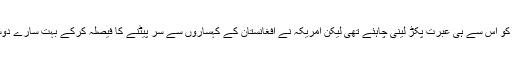
روس کی کمر پہلے ٹوٹی تھی امریکہ کو اس سے ہی عبرت پکڑ لینی چاہئے تھی لیکن امریکہ نے افغانستان کے کہساروں سے سر پیٹنے کا فیصلہ کرکے بہت سارے دوست ممالک کو بھی آگ میں دھکیل دیا۔